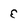
Character: E